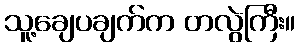
သူ့ချေပချက်က တလွဲကြီး။